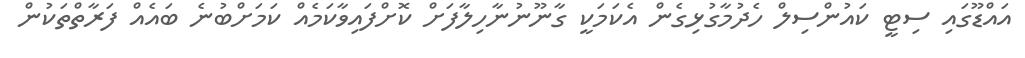
އައްޑޫގައި ސިޓީ ކައުންސިލް ހެދުމާގުޅިގެން އެކަމަކީ ގާނޫނުނާހިލާފަށް ކޮށްފައިވާކަމެއް ކަމަށްބުނެ ބައެއް ފަރާތްތަކުން